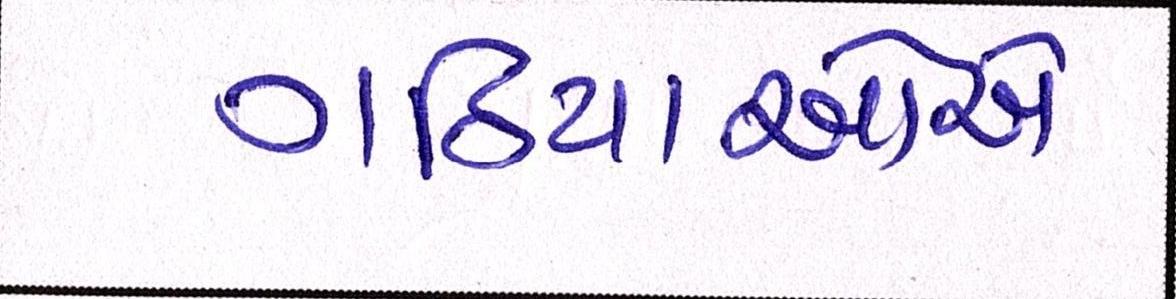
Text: ગઠિયાઓએ